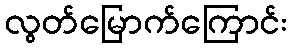
လွတ်မြောက်ကြောင်း